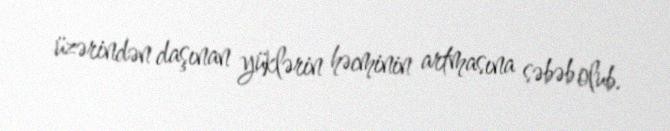
üzərindən daşınan yüklərin həcminin artmasına səbəb olub.